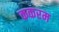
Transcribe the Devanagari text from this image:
ककरम